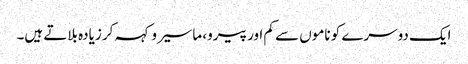
ایک دوسرے کو ناموں سے کم اور پیرو، ماسیرو کہہ کر زیادہ بلاتے ہیں۔